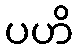
ပဟိ